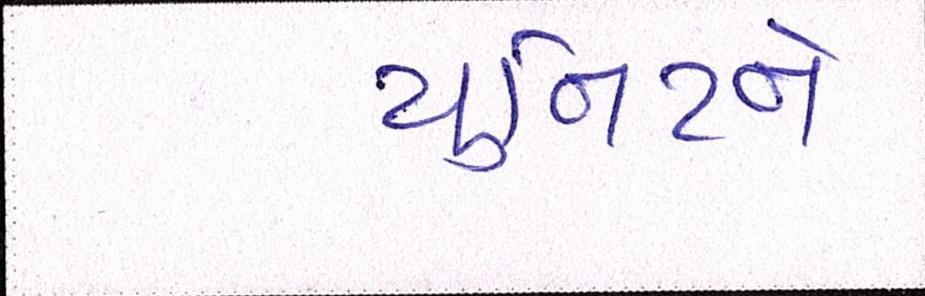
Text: યુનિટને